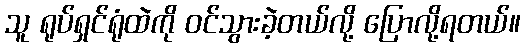
သူ ရုပ်ရှင်ရုံထဲကို ဝင်သွားခဲ့တယ်လို့ ပြောလို့ရတယ်။